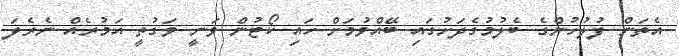
އެތަން ފުލުހުންގެ ބެލުމުގެދަށުގައި ބޭއްވުމަށް ހައި ކޯޓުން ވަނީ ވަގުތީ އަމުރެއް ނެރެފަ